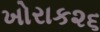
ખોરાક૨૬